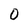
Character: 0